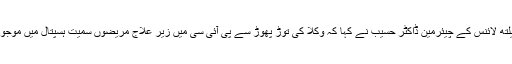
بعد ازاں پریس کانفرنس کرتے ہوئے گرینڈ ہیلتھ لائنس کے چیئرمین ڈاکٹر حسیب نے کہا کہ وکلا کی توڑ پھوڑ سے پی آئی سی میں زیر علاج مریضوں سمیت ہسپتال میں موجود ہر کسی کو جان کے لالے پڑے گئے تھے۔